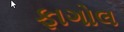
ફાગોલ